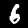
Label: 6